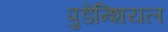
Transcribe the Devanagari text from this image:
पुडेन्शियल